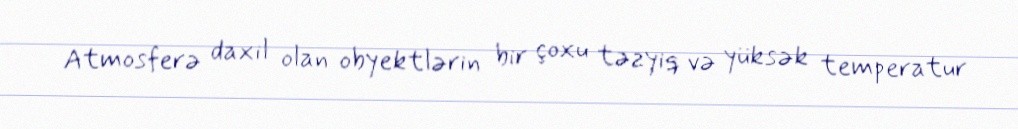
Atmosferə daxil olan obyektlərin bir çoxu təzyiq və yüksək temperatur